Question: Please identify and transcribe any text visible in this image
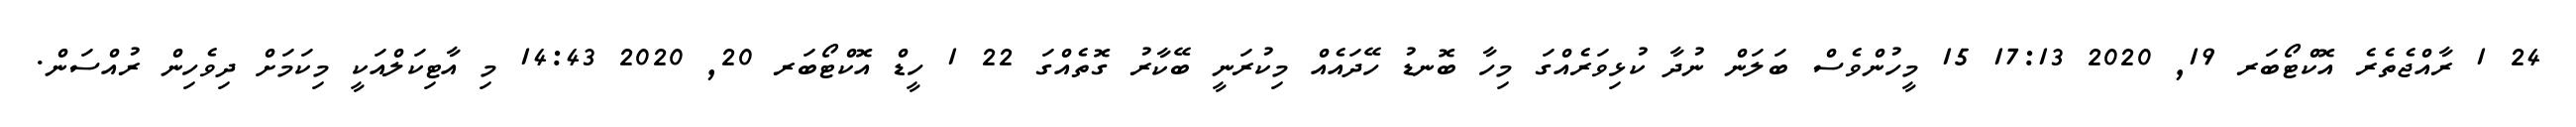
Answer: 24 1 ރާއްޖެތެރެ އޮކްޓޯބަރ 19, 2020 17:13 15 މީހުންވެސް ބަލަން ނުދާ ކުޅިވަރެއްގަ މިހާ ބޮނޑު ހޭދައެއް މިކުރަނީ ބޭކާރު ގޮތެއްގަ 22 1 ހީޑް އޮކްޓޯބަރ 20, 2020 14:43 މި އާޓިކަލްއަކީ މިކަމަށް ދިވެހިން ރުއްސަން.